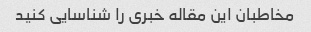
مخاطبان این مقاله خبری را شناسایی کنید